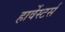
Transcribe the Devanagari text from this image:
हार्वेस्टर्स